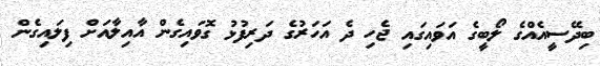
ބިދޭސީއެއްގެ ލޯބީގެ އަވައިގައި ޖެހި ދެ އަހަރުގެ ދަރިފުޅު ގޮވައިގެން އާއިލާއަށް ފިލައިގެން